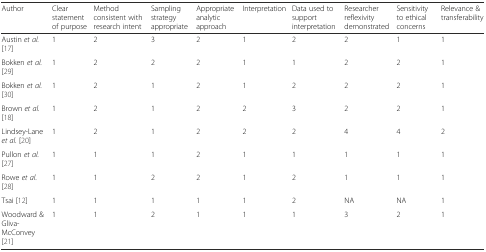
<table><thead><tr><td><b>Author</b></td><td><b>Clear statement of purpose</b></td><td><b>Method consistent with research intent</b></td><td><b>Sampling strategy appropriate</b></td><td><b>Appropriate analytic approach</b></td><td><b>Interpretation</b></td><td><b>Data used to support interpretation</b></td><td><b>Researcher reflexivity demonstrated</b></td><td><b>Sensitivity to ethical concerns</b></td><td><b>Relevance &amp; transferability</b></td></tr></thead><tbody><tr><td>Austin <i>et al.</i> [17]</td><td>1</td><td>2</td><td>3</td><td>2</td><td>1</td><td>2</td><td>2</td><td>1</td><td>1</td></tr><tr><td>Bokken <i>et al.</i> [29]</td><td>1</td><td>2</td><td>2</td><td>2</td><td>1</td><td>1</td><td>2</td><td>2</td><td>1</td></tr><tr><td>Bokken <i>et al.</i> [30]</td><td>1</td><td>2</td><td>1</td><td>2</td><td>1</td><td>2</td><td>2</td><td>2</td><td>1</td></tr><tr><td>Brown <i>et al.</i> [18]</td><td>1</td><td>2</td><td>1</td><td>2</td><td>2</td><td>3</td><td>2</td><td>2</td><td>1</td></tr><tr><td>Lindsey-Lane <i>et al.</i> [20]</td><td>1</td><td>2</td><td>1</td><td>2</td><td>2</td><td>2</td><td>4</td><td>4</td><td>2</td></tr><tr><td>Pullon <i>et al.</i> [27]</td><td>1</td><td>1</td><td>1</td><td>2</td><td>1</td><td>1</td><td>1</td><td>1</td><td>1</td></tr><tr><td>Rowe <i>et al.</i> [28]</td><td>1</td><td>1</td><td>2</td><td>2</td><td>1</td><td>2</td><td>1</td><td>1</td><td>1</td></tr><tr><td>Tsai [12]</td><td>1</td><td>1</td><td>1</td><td>1</td><td>1</td><td>2</td><td>NA</td><td>NA</td><td>1</td></tr><tr><td>Woodward &amp; Gliva-McConvey [21]</td><td>1</td><td>1</td><td>2</td><td>1</td><td>1</td><td>1</td><td>3</td><td>2</td><td>1</td></tr></tbody></table>